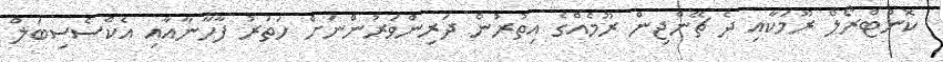
ކޮންޓްރޯލް ރޫމަކާއި ދެ ޗޭންޖިން ރޫމެއްގެ އިތުރުން ދަރިންވަރުންނަށް ހަތަރު ފާހާނާއާއި އެކްސެސިބަލް